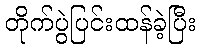
တိုက်ပွဲပြင်းထန်ခဲ့ပြီး